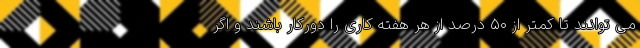
می ‌توانند تا کمتر از ۵۰ درصد از هر هفته کاری را دورکار باشند و اگر